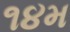
૧૪મ